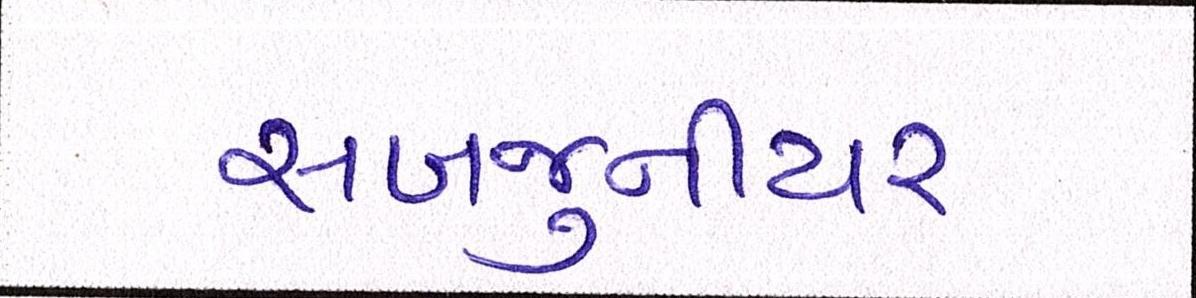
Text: સબજુનીયર